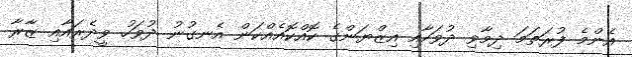
އެންމެ ފުރަތަމަ ދިމާވި ދުވަހާއި އިޒްޔަންގެ ކޮއްކޮއެއްކަން އެނގުނު ދުވަހު ވީދެރައާއި ޒާރާ